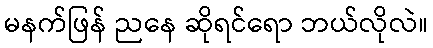
မနက်ဖြန် ညနေ ဆိုရင်ရော ဘယ်လိုလဲ။